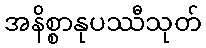
အနိစ္စာနုပဿီသုတ်